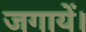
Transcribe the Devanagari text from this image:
जगायें।